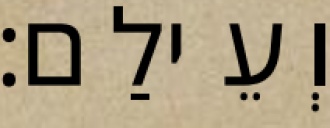
וְעֵילַם׃